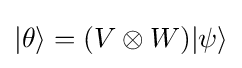
|\theta \rangle =(V\otimes W)|\psi \rangle